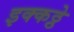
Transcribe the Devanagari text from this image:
इक्कठ्ठे